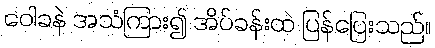
ဝေါခနဲ အသံကြား၍ အိပ်ခန်းထဲ ပြန်ပြေးသည်။